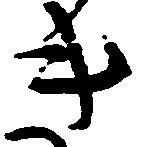
き